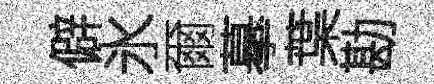
僻氷爾摹葉勘